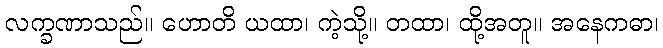
လက္ခဏာသည်။ ဟောတိ ယထာ၊ ကဲ့သို့။ တထာ၊ ထို့အတူ။ အနေကဓာ၊